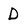
Character: D